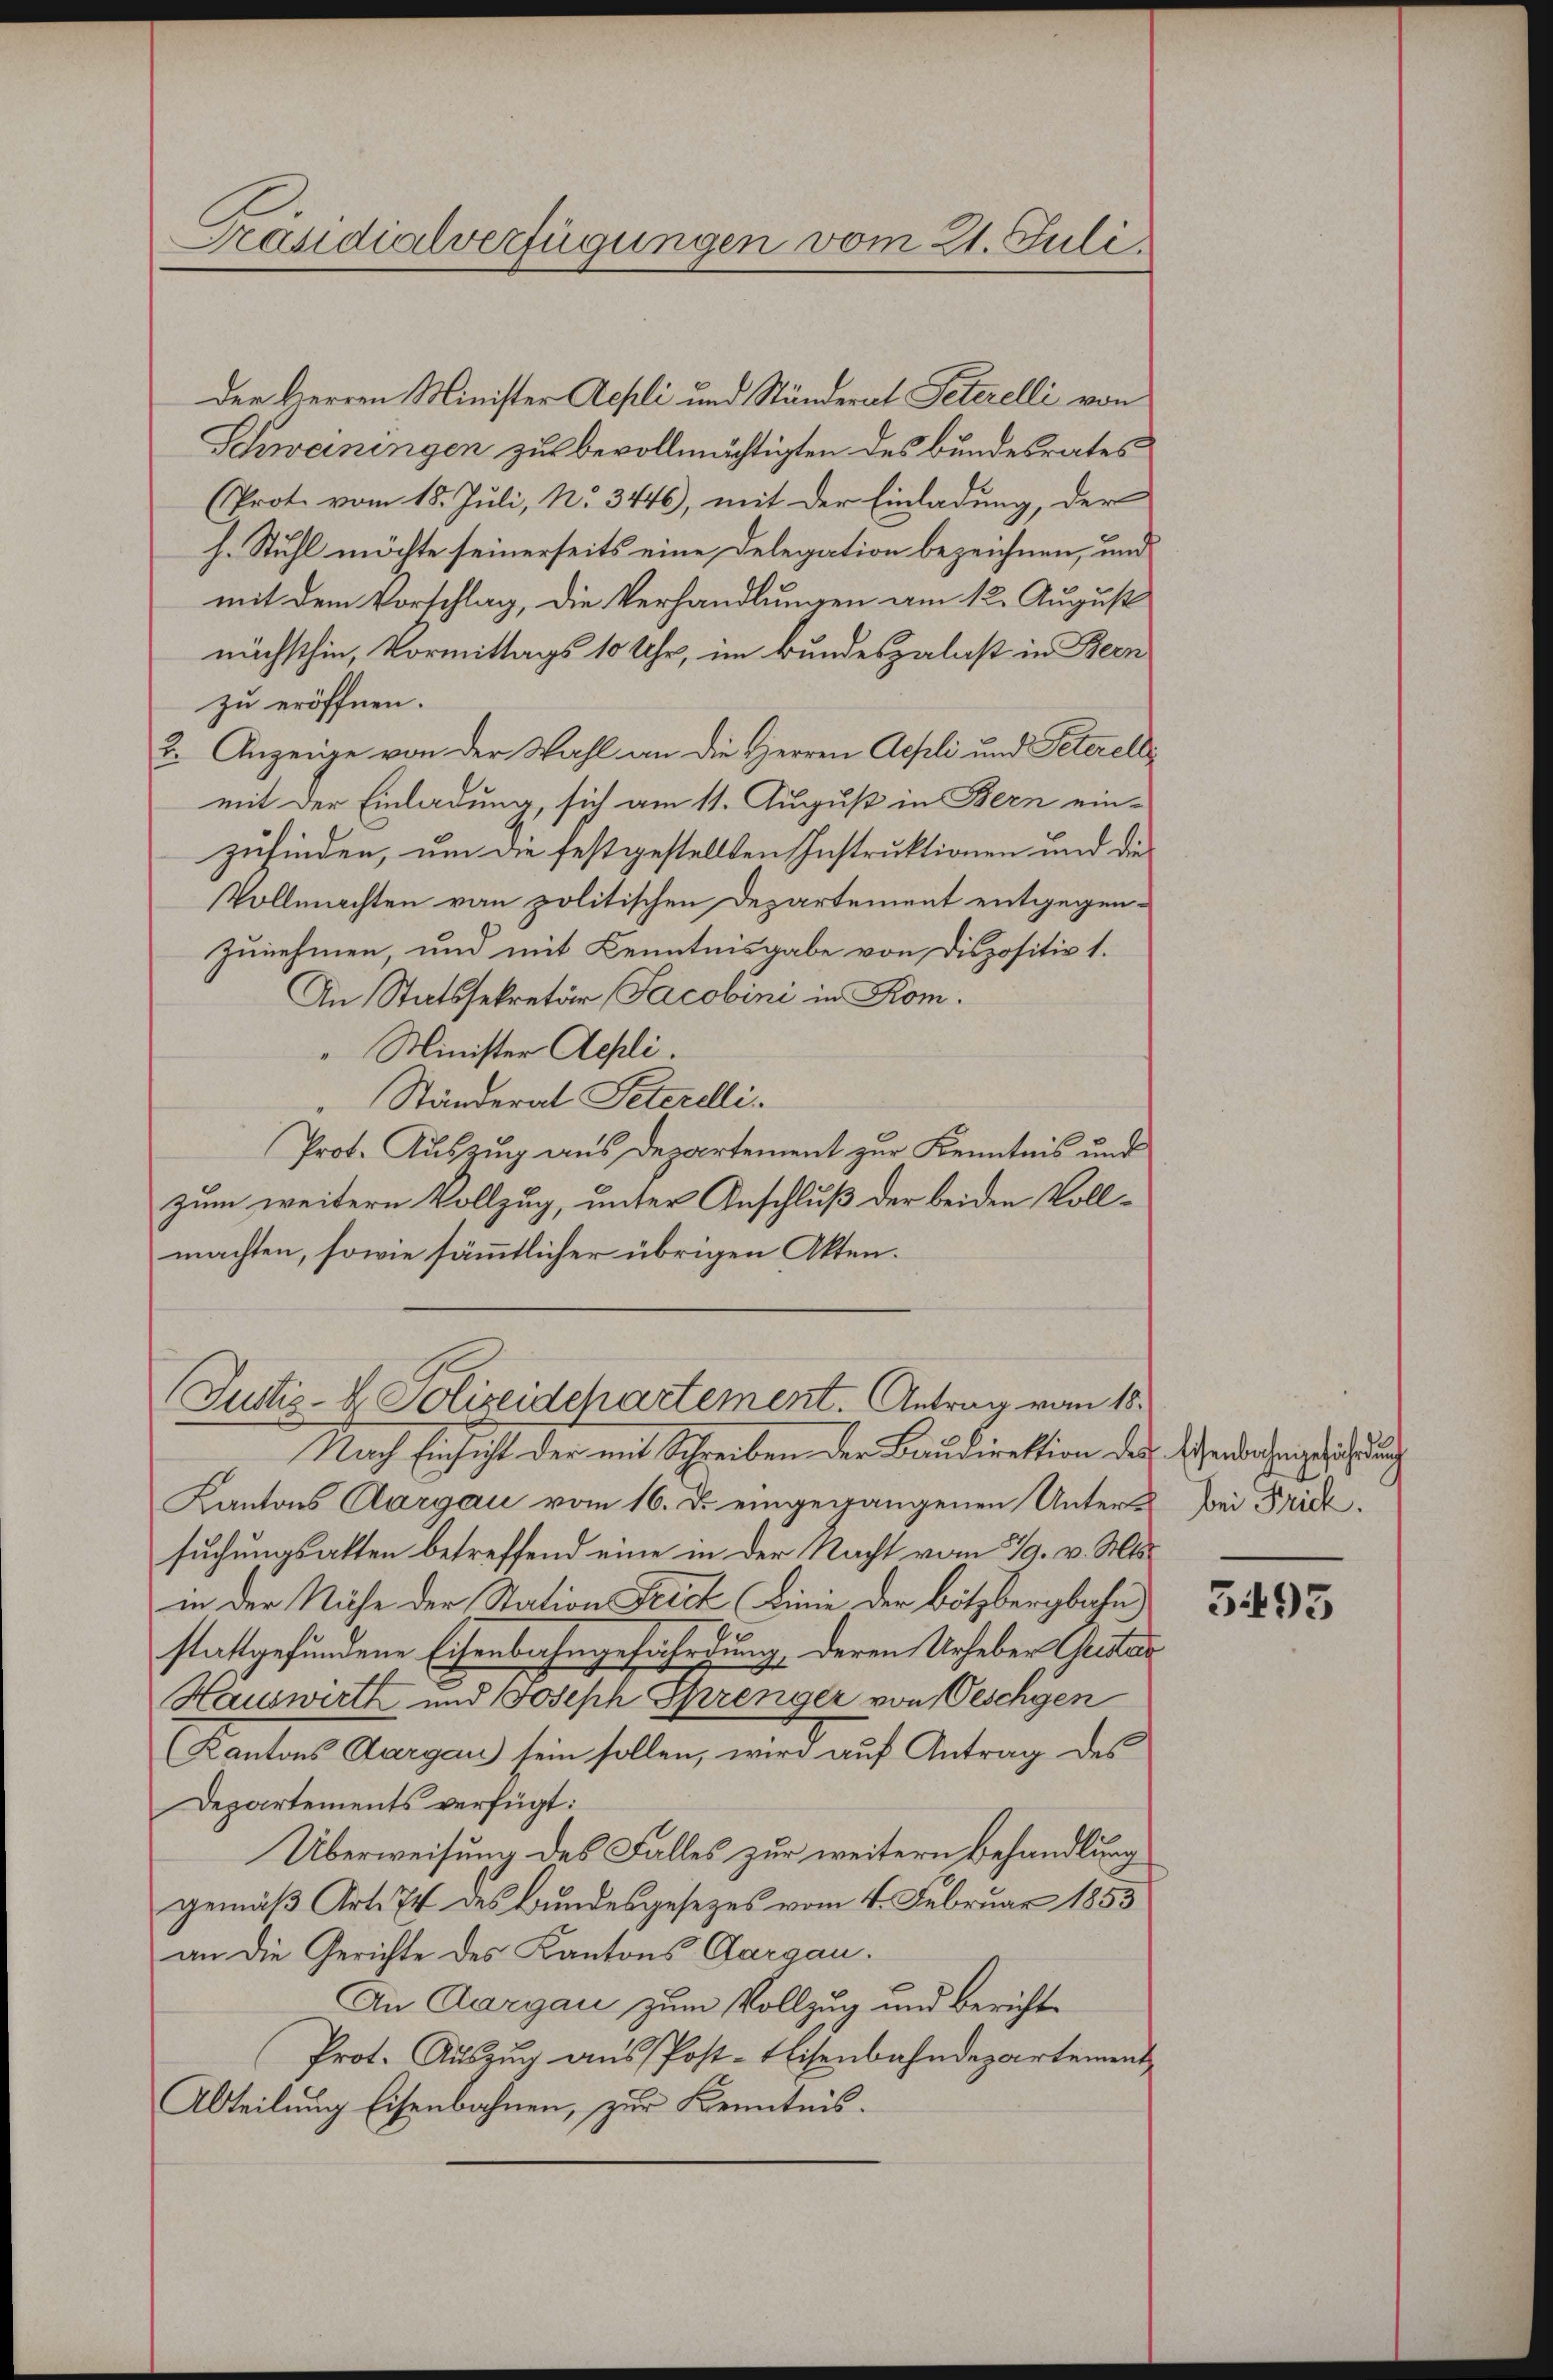
Präsidialverfügungen vom 21. Juli.

Der Herren Minister Aepli und Ständerat Peterelli von
Schwaningen zu bevollmächtigten des Bundesrates
(Prote vom 15. Juli, No. 3446), mit der Einladung, der
h. Stuhl möchte seinerseits eine Delegation bezeichnen, und
mit dem Vorschlag, die Verhandlungen am 12. August
nächsthin, Vormittags 10 Uhr, im Bundespalast in Bern
zu eröffnen.
2. Anzeige von der Wahl an die Herren Aepli und Peterelli
mit der Einladung, sich am 11. August in Bern ein-
zufinden, um die festgestellten Instruktionen und die
Vollmachten von politischen Departement entgegenzunehmen, und mit Kenntnisgabe von Dispositiv 1.
An Statssekretär Jacobini in Kom¬
" Minister Acpli.
Ständerat Peterdli
Prot. Auszug aus Departement zur Kenntnis und
zum weitern Vollzug, unter Anschluß der beiden Vollmachten, sowie sämmtlicher übrigen Akten.

Justiz- & Polizeidchartement. Antrag vom 18.

Nach Einsicht der mit Schreiben der Baudirektion des Verdachung sich un
Kantons Aargau vom 16. d. eingegangenen Untere Bei Friesuchungsakten betreffend eine in der Nacht vom 19. v. Mts.
in der Nähe der Station Feich (Linie der Bötzbergbahn
stattgefundene Eisenbahngefährdung, deren Urheber Centar
Hauswirth und Joseph Sprenger von Oeschyen
(Kantons Aargau sein sollen, wird auf Antrag des
Departements verfügt:
Überweisung des Falles zur weitern Behandlung
gemäß Art. 74 des Bundesgesezes vom 4. Februar 1855
an die Gerichte des Kantons Aargau.
An Aargau zum Vollzug und Berichte
Prot. Auszug aus Post-Eisenbahndepartement
Abteilung Eisenbahnen, zur Kenntnis.

5495